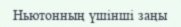
Ньютонның үшінші заңы